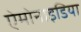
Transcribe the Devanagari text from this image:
ऐमोनाइडिया